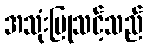
အသုံးပြုသင့်သည်